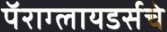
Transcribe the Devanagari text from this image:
पॅराग्लायडर्सचे